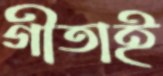
গীতাই